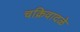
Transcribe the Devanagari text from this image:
चक्रिवादळे